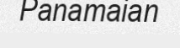
Panamaian